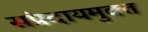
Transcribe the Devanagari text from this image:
संप्रदायमुक्त